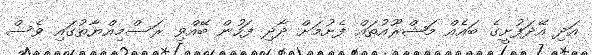
އަދި އޭދަފުށީގެ ބައެއް މަޝްރޫއުތައް ފެށުމަށް ދާދި ފަހުން ބޭއްވި ރަސްމިއްޔާތުގައި ވެސް